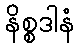
နိစ္စဒါနံ